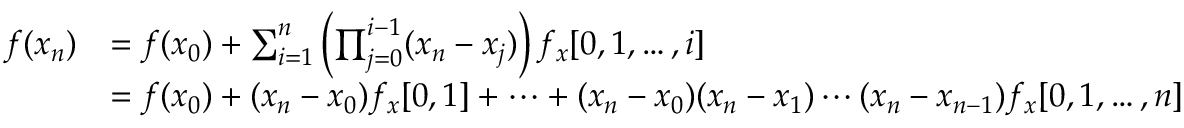
\begin{array} { r l } { f ( x _ { n } ) } & { = f ( x _ { 0 } ) + \sum _ { i = 1 } ^ { n } \left( \prod _ { j = 0 } ^ { i - 1 } ( x _ { n } - x _ { j } ) \right) f _ { x } [ 0 , 1 , \dots , i ] } \\ & { = f ( x _ { 0 } ) + ( x _ { n } - x _ { 0 } ) f _ { x } [ 0 , 1 ] + \cdots + ( x _ { n } - x _ { 0 } ) ( x _ { n } - x _ { 1 } ) \cdots ( x _ { n } - x _ { n - 1 } ) f _ { x } [ 0 , 1 , \dots , n ] } \end{array}